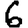
Digit: 6